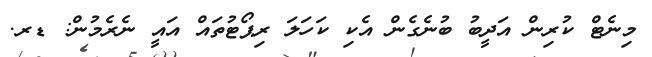
މިނެޓް ކުރިން އަދީބު ބުނެގެން އެކި ކަހަލަ ރިޕޯޓުތައް އައީ ނެރެމުން: ޑރ.